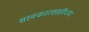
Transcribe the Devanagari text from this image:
सावकारशाहीच्या